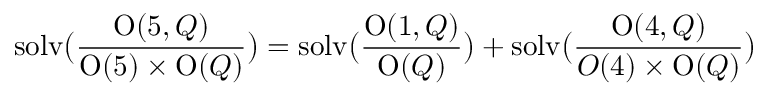
\mathrm { s o l v } \bigl ( { \frac { \mathrm { O } ( 5 , Q ) } { \mathrm { O } ( 5 ) \times \mathrm { O } ( Q ) } } \bigr ) = \mathrm { s o l v } \bigl ( { \frac { \mathrm { O } ( 1 , Q ) } { \mathrm { O } ( Q ) } } \bigr ) + \mathrm { s o l v } \bigl ( { \frac { \mathrm { O } ( 4 , Q ) } { O ( 4 ) \times \mathrm { O } ( Q ) } } \bigr )